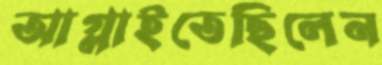
আগ্‌লাইতেছিলেন